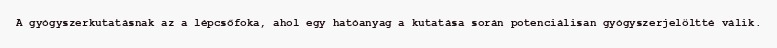
A gyógyszerkutatásnak az a lépcsőfoka, ahol egy hatóanyag a kutatása során potenciálisan gyógyszerjelöltté válik.